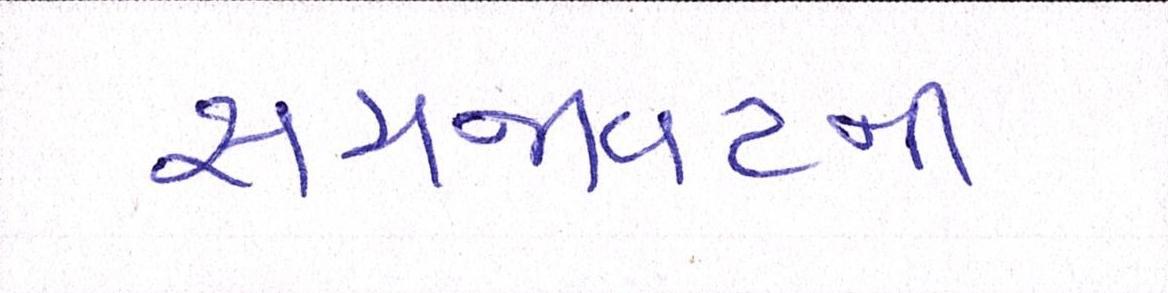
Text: સમજાવટની